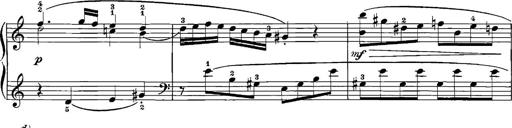
Title: 12 Sonatinas
Composer: Ignaz Pleyel